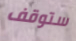
ستوقف